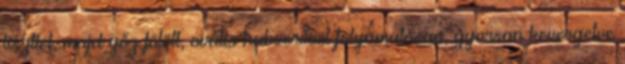
liszttel, majd gőz fölött, ovális habverővel folyamatosan, gyorsan kevergetve